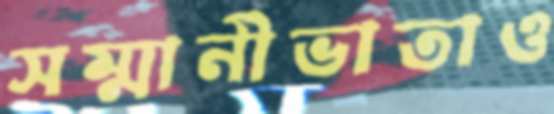
সম্মানীভাতাও